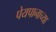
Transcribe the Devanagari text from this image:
पेयपानाच्या